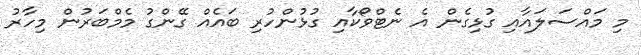
މި މައްސަލައާއި ގުޅިގެން އެ ނެޓްވޯކާއި ގުޅުންހުރި ބައެއް ގޭންގު މެމްބަރުން މިހާރު